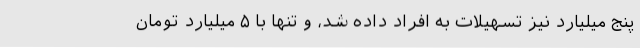
پنج میلیارد نیز تسهیلات به افراد داده شد، و تنها با ۵ میلیارد تومان